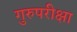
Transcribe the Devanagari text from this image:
गुरुपरीक्षा